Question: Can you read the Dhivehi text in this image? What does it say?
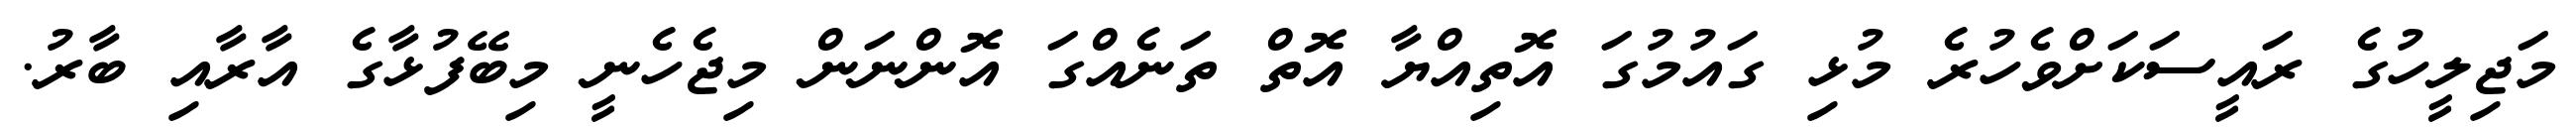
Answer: މަޖިލީހުގެ ރައީސަކަށްވެހުރެ މުޅި ގައުމުގަ އޮތިއްޔާ އޮތް ތަނެއްގަ އޮންނަން މިޖެހެނީ މިބޭފުޅާގެ އާރާއި ބާރު.